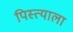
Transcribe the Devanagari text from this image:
पिस्त्याला